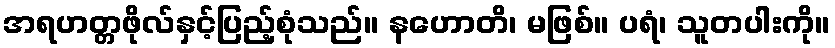
အရဟတ္တဖိုလ်နှင့်ပြည့်စုံသည်။ နဟောတိ၊ မဖြစ်။ ပရံ၊ သူတပါးကို။